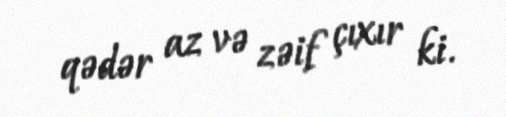
qədər az və zəif çıxır ki.